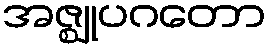
အဇ္ဈုပဂတော